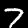
Digit: 7